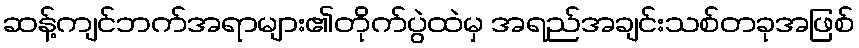
ဆန့်ကျင်ဘက်အရာများ၏တိုက်ပွဲထဲမှ အရည်အချင်းသစ်တခုအဖြစ်